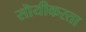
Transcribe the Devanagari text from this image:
सॊयीकरता